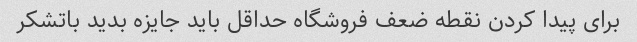
برای پیدا کردن نقطه ضعف فروشگاه حداقل باید جایزه بدید باتشکر